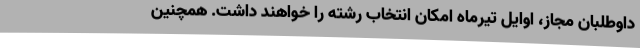
داوطلبان مجاز، اوایل تیرماه امکان انتخاب رشته را خواهند داشت. همچنین